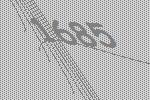
1685